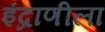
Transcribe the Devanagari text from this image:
इंद्राणीला